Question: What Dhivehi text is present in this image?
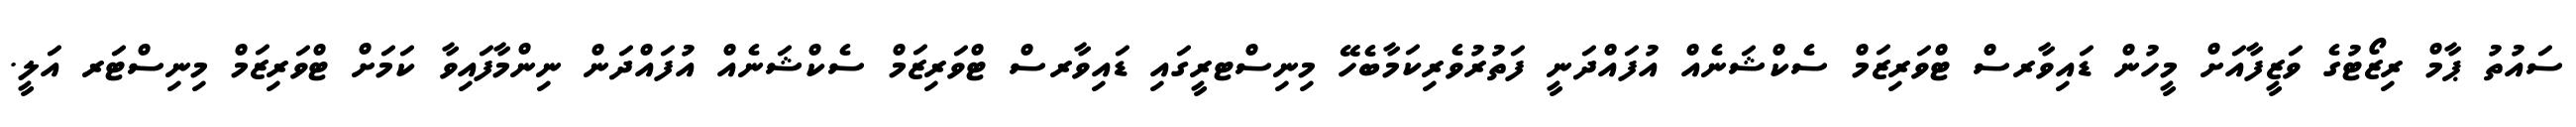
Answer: ސައުތު ޕާމް ރިޒޯޓުގެ ވަޒީފާއަށް މީހުން ޑައިވާރސް ޓްވަރިޒަމް ސެކްޝަނެއް އުފައްދަނީ ފަތުރުވެރިކަމާބެހޭ މިނިސްޓރީގައި ޑައިވާރސް ޓްވަރިޒަމް ސެކްޝަނެއް އުފައްދަން ނިންމާފައިވާ ކަމަށް ޓްވަރިޒަމް މިނިސްޓަރ އަލީ.